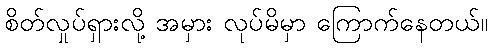
စိတ်လှုပ်ရှားလို့ အမှား လုပ်မိမှာ ကြောက်နေတယ်။